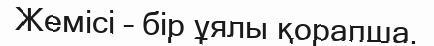
Жемісі – бір ұялы қорапша.